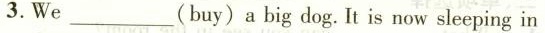
3.We___(buy) a big dog. It is now sleeping in